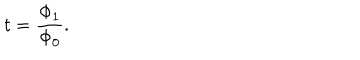
t = \frac { \Phi _ { 1 } } { \Phi _ { 0 } } .